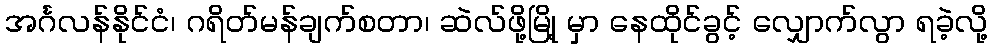
အင်္ဂလန်နိုင်ငံ၊ ဂရိတ်မန်ချက်စတာ၊ ဆဲလ်ဖို့မြို့ မှာ နေထိုင်ခွင့် လျှောက်လွာ ရခဲ့လို့